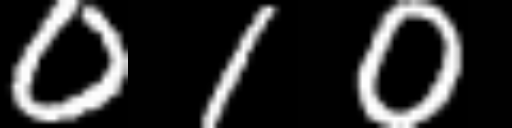
Text: 010